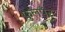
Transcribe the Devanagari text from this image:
फुलपँट